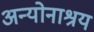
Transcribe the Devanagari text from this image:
अन्योनाश्रय